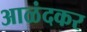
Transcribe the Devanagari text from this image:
आळंदकर